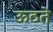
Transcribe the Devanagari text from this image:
ऊठते